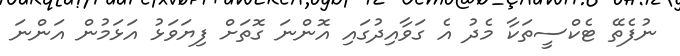
ނުފެތޭ ޓެކްސީތަކާ މެދު އެ ގަވާއިދުގައި އޮންނަ ގޮތަށް ފިޔަވަޅު އަޅަމުން އަންނަ